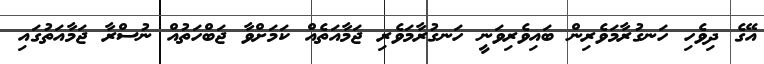
އޭގެ ދިވެހި ހަނގުރާމަވެރިން ބައިވެރިވަނީ ހަނގުރާމަވެރި ޖަމާއަތެއް ކަމަށްވާ ޖަބްހަތުއް ނުސްރާ ޖަމާއަތުގައި